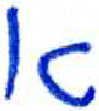
אות: א